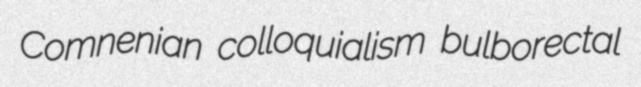
Comnenian colloquialism bulborectal